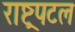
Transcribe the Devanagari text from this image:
राष्ट्रपटल